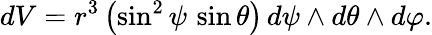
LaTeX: dV=r^{3}\left(\sin^{2}\psi\, \sin\theta\right)\, d\psi\wedge d\theta\wedge d\varphi.